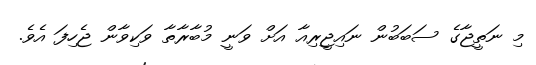
މި ނަތީޖާގެ ސަބަބުން ނައިޖީރިއާ އަށް ވަނީ މުބާރާތާ ވަކިވާން ޖެހިފަ އެވެ.